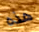
هذه